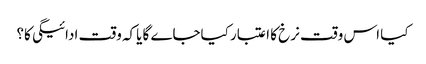
کیا اس وقت نرخ کا اعتبار کیاجاے گا یاکہ وقت ادائیگی کا؟